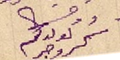
ودمتم لولدكم كروجر